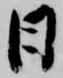
日